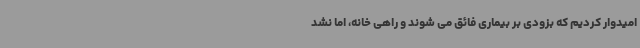
امیدوار کردیم که بزودی بر بیماری فائق می شوند و راهی خانه، اما نشد